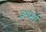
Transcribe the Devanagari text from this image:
अर्फा